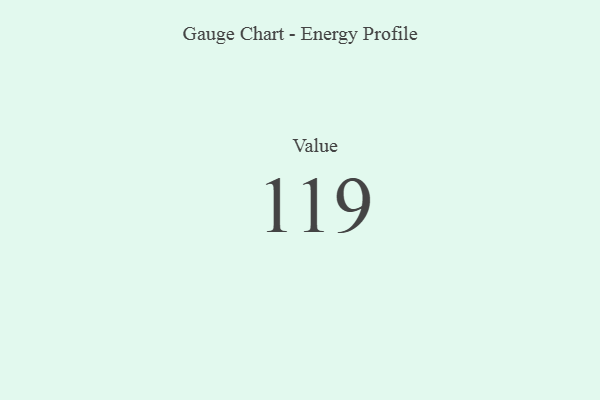
{"axis": {"x": "Metric", "y": "Value"}, "legend": [""], "data": [{"x": "Value", "y": 119, "type": ""}]}